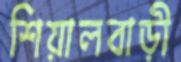
শিয়ালবাড়ী